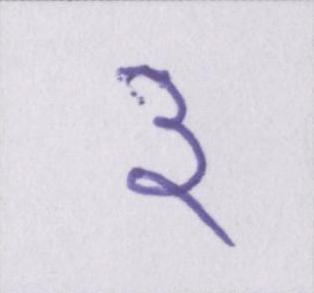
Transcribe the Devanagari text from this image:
३